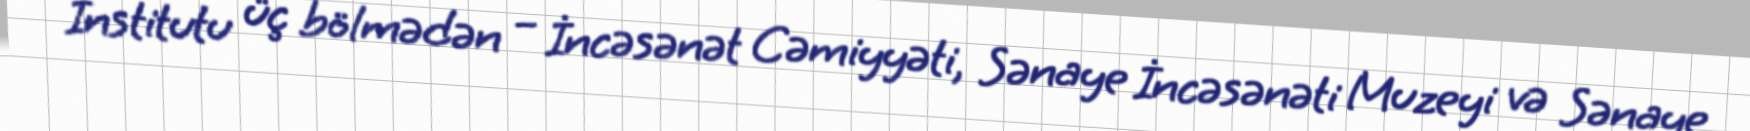
İnstitutu üç bölmədən – İncəsənət Cəmiyyəti, Sənaye İncəsənəti Muzeyi və Sənaye